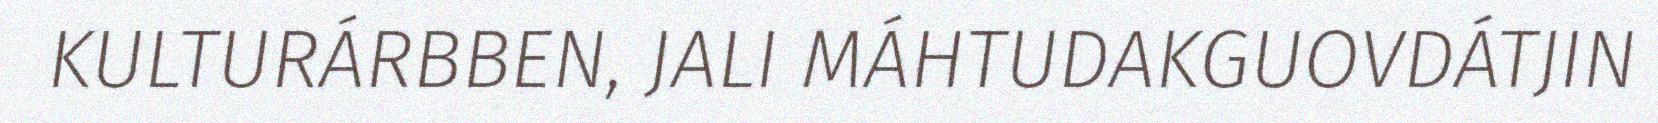
KULTURÁRBBEN, JALI MÁHTUDAKGUOVDÁTJIN